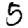
Digit: 5